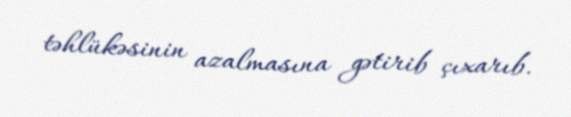
təhlükəsinin azalmasına gətirib çıxarıb.